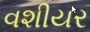
વશીયર